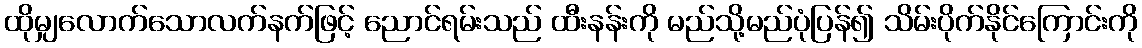
ထိုမျှလောက်သောလက်နက်ဖြင့် ညောင်ရမ်းသည် ထီးနန်းကို မည်သို့မည်ပုံပြန်၍ သိမ်းပိုက်နိုင်ကြောင်းကို